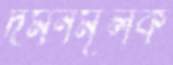
দমনমূলক